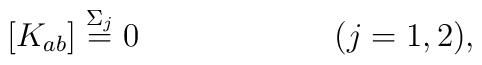
\left[ K_{ab} \right] \stackrel{\Sigma_{j}}{=} 0\quad\quad\quad\quad \quad \quad (j=1,2),